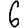
Digit: 6